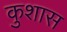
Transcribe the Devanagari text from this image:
कुशास